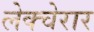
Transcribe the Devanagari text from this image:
लेक्चेरार